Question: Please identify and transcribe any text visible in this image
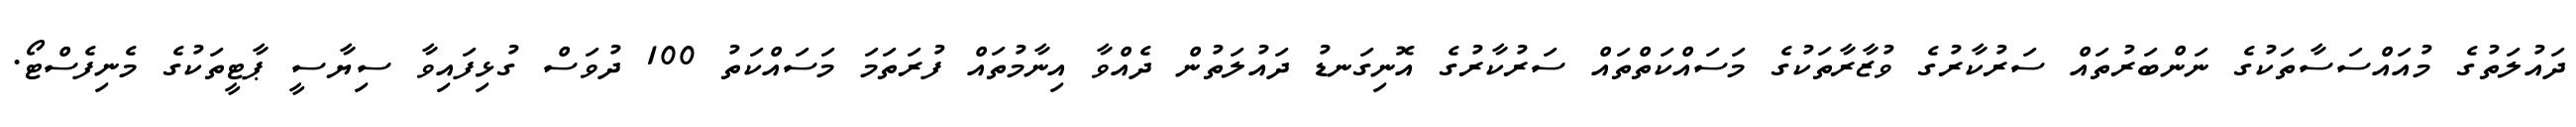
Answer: ދައުލަތުގެ މުއައްސަސާތަކުގެ ނަންބަރުތައް ސަރުކާރުގެ ވުޒާރާތަކުގެ މަސައްކަތްތައް ސަރުކާރުގެ އޮނިގަނޑު ދައުލަތުން ދެއްވާ އިނާމުތައް ފުރަތަމަ މަސައްކަތު 100 ދުވަސް ގުޅިފައިވާ ސިޔާސީ ޕާޓީތަކުގެ މެނިފެސްޓޯ.